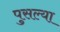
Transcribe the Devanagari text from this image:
पुसल्या